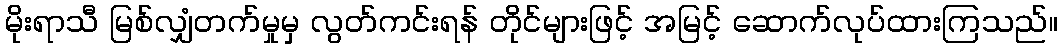
မိုးရာသီ မြစ်လျှံတက်မှုမှ လွတ်ကင်းရန် တိုင်များဖြင့် အမြင့် ဆောက်လုပ်ထားကြသည်။